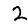
Digit: 2